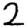
Digit: 2